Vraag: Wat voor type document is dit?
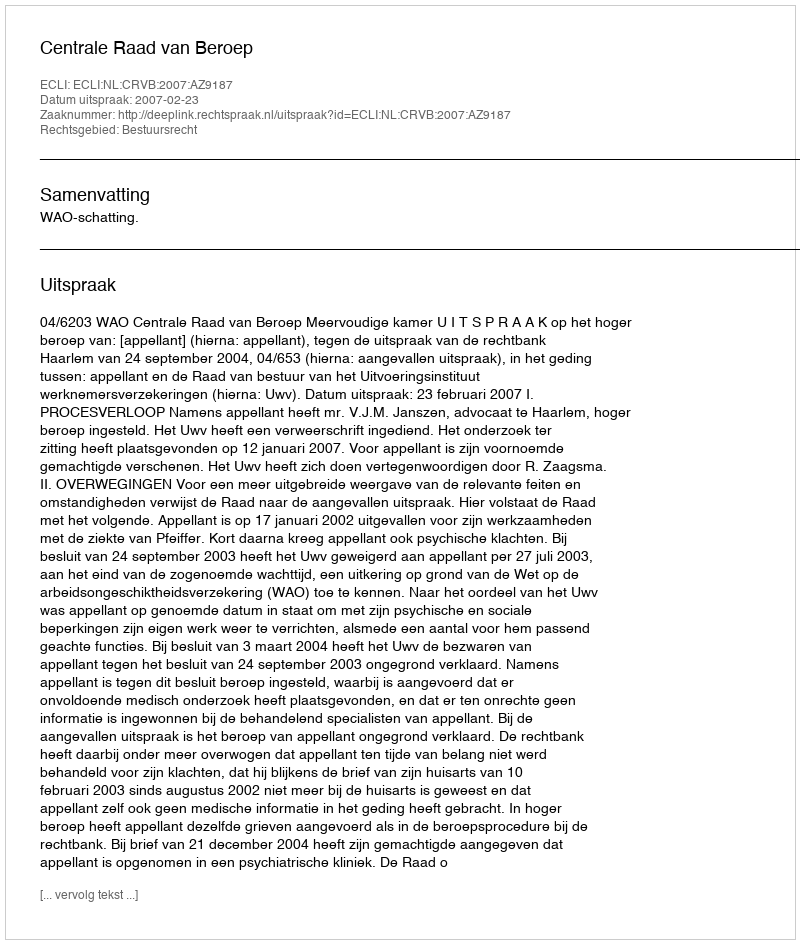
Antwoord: Uitspraak